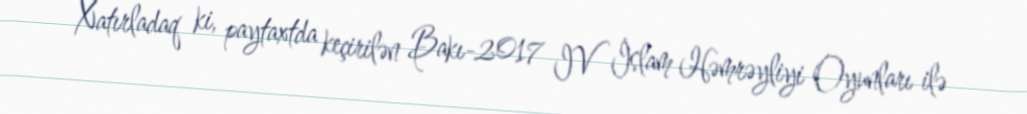
Xatırladaq ki, paytaxtda keçirilən Bakı-2017 IV İslam Həmrəyliyi Oyunları ilə